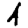
Digit: 4